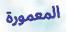
المعمورة